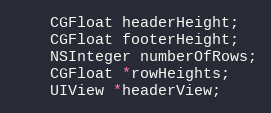
Language: C
    CGFloat headerHeight;
    CGFloat footerHeight;
    NSInteger numberOfRows;
    CGFloat *rowHeights;
    UIView *headerView;